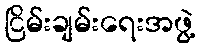
ငြိမ်းချမ်းရေးအဖွဲ့